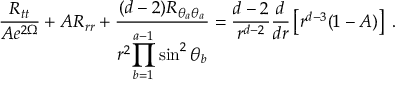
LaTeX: \frac { R _ { t t } } { A e ^ { 2 \Omega } } + A R _ { r r } + \frac { ( d - 2 ) R _ { \theta _ { a } \theta _ { a } } } { r ^ { 2 } \displaystyle { \prod _ { b = 1 } ^ { a - 1 } \sin ^ { 2 } \theta _ { b } } } = \frac { d - 2 } { r ^ { d - 2 } } \frac { d } { d r } \left[ r ^ { d - 3 } ( 1 - A ) \right] \; .